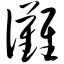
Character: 傩